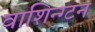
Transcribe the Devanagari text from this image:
वाशिन्ग्टन